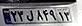
۲۳ل۸۴۹۱۳